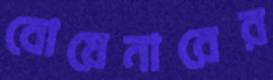
বোয়েনারের